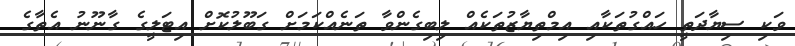
ވަކި ސިޔާދަތީ ހައްގުތަކާއި އިމްތިޔާޒުތަކެއް ލިބިގެންވާ ތަނެއްކަމަށް ގަބޫލުކޮށް އިޓަލީގެ ގާނޫނު އެތާގެ